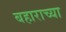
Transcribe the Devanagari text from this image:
बहाराच्या